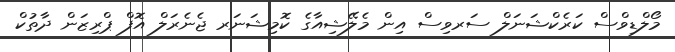
މޯލްޑިވްސް ކަރެކްޝަނަލް ސަރވިސް އިން މެލޭޝިއާގެ ކޮމިޝަނަރ ޖެނެރަލް އޮފް ޕްރިޒަން ދާތުކް